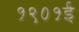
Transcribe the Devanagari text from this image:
१९०१ई